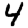
Digit: 4